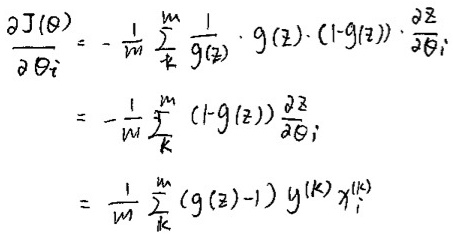
\[
\begin{align*}
\frac{\partial J(\theta)}{\partial \theta_{i}}&=-\frac{1}{m}\sum_{k}^{m}\frac{1}{g(z)}\cdot g(z)\cdot(1 - g(z))\cdot\frac{\partial z}{\partial \theta_{i}}\\
&=-\frac{1}{m}\sum_{k}^{m}(1 - g(z))\frac{\partial z}{\partial \theta_{i}}\\
&=\frac{1}{m}\sum_{k}^{m}(g(z)-1)y^{(k)}x_{i}^{(k)}
\end{align*}
\]